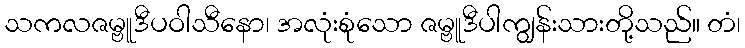
သကလဇမ္ဗူဒီပဝါသီနော၊ အလုံးစုံသော ဇမ္ဗူဒီပါကျွန်းသားတို့သည်။ တံ၊